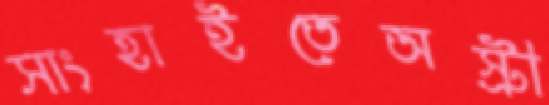
সাংহাইতেঅস্ট্রী